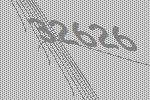
32626